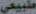
طبيعي